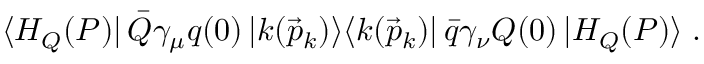
\langle H _ { Q } ( P ) | \, \bar { Q } \gamma _ { \mu } q ( 0 ) \, | k ( \vec { p } _ { k } ) \rangle \langle k ( \vec { p } _ { k } ) | \, \bar { q } \gamma _ { \nu } Q ( 0 ) \, | H _ { Q } ( P ) \rangle \; .